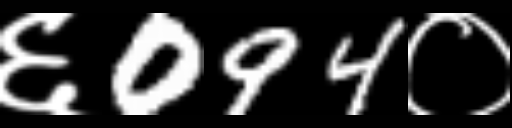
Text: ६094०